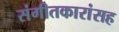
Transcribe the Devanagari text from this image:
संगीतकारांसह